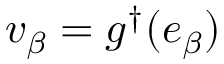
v _ { \beta } = g ^ { \dag } ( e _ { \beta } )